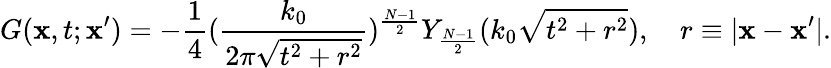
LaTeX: G(\mathbf{x},t;\mathbf{x}^{\prime})=-\frac{1}{4}(\frac{k_{0}}{2\pi\sqrt{t^{2}+r^{2}}})^{\frac{N-1}{2}}Y_{\frac{N-1}{2}}(k_{0}\sqrt{t^{2}+r^{2}}),\quad r\equiv|\mathbf{x}-\mathbf{x}^{\prime}|.